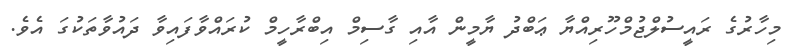
މިހާރުގެ ރައީސުލްޖުމްހޫރިއްޔާ ޢަބްދު ޔާމީން އާއި ގާސިމް އިބްރާހީމް ކުރައްވާފައިވާ ދައުވާތަކުގަ އެވެ.